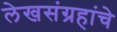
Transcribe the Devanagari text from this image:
लेखसंग्रहांचे